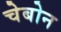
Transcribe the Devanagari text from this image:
चेबोन